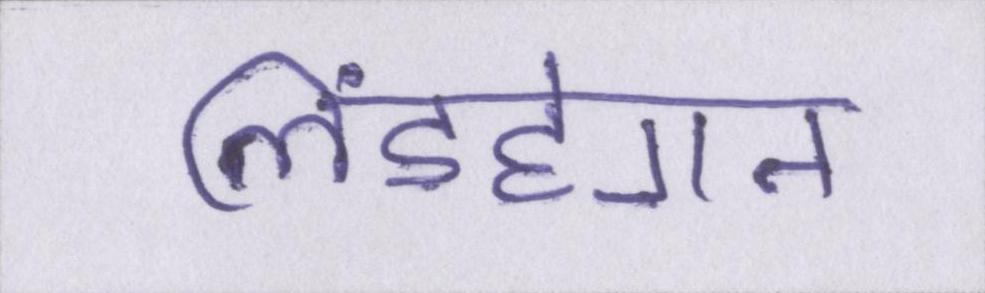
लिंडहेगन